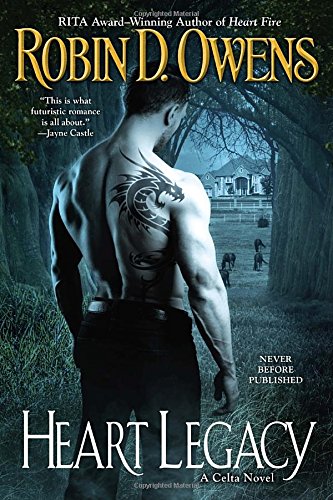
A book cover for Heart Legacy (Celta); Robin D. Owens; Romance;